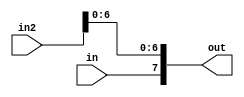
`timescale 1ns / 1ps
module LED_Drive(
input in,
input [15:0] in2,
output [7:0] out
);

assign out[6:0] = in2[6:0];
assign out[7] = in;
endmodule